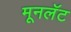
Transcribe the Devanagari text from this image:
मूनलॅट